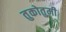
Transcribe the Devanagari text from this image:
तुकोतुमी